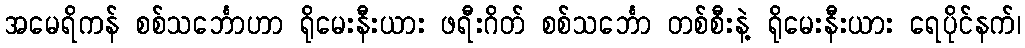
အမေရိကန် စစ်သင်္ဘောဟာ ရိုမေးနီးယား ဖရီးဂိတ် စစ်သင်္ဘော တစ်စီးနဲ့ ရိုမေးနီးယား ရေပိုင်နက်၊